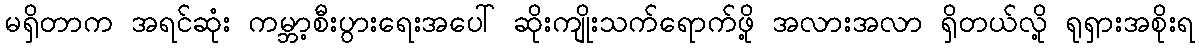
မရှိတာက အရင်ဆုံး ကမ္ဘာ့စီးပွားရေးအပေါ် ဆိုးကျိုးသက်ရောက်ဖို့ အလားအလာ ရှိတယ်လို့ ရုရှားအစိုးရ